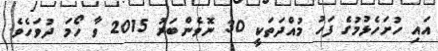
އައި ހުށަހެޅުމުގެ ފަހު މުއްދަތަކީ 30 ނޮވެންބަރު 2015 ވާ ހޯމަ ދުވަހެވެ.